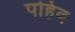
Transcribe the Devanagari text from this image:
पहिव